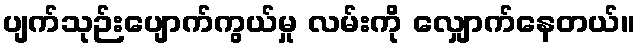
ပျက်သုဉ်းပျောက်ကွယ်မှု လမ်းကို လျှောက်နေတယ်။